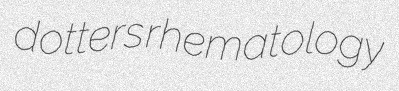
dotters rhematology